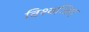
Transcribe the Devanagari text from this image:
विश्वजित्‌